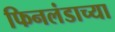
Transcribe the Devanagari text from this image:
फिनलंडाच्या